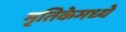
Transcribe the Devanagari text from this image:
मृतिकेमध्ये